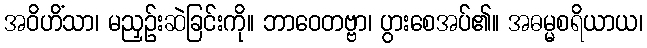
အဝိဟိံသာ၊ မညှဉ်းဆဲခြင်းကို။ ဘာဝေတဗ္ဗာ၊ ပွားစေအပ်၏။ အဓမ္မစရိယာယ၊